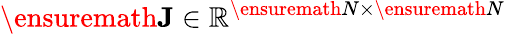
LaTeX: \ensuremath{\mathbf{J}}\in\mathbb{R}^{\ensuremath{N}\times\ensuremath{N}}